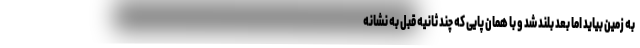
به زمین بیاید اما بعد بلند شد و با همان پایی که چند ثانیه قبل به نشانه